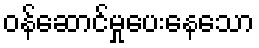
ဝန်ဆောင်မှုပေးနေသော